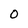
Character: O